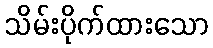
သိမ်းပိုက်ထားသော